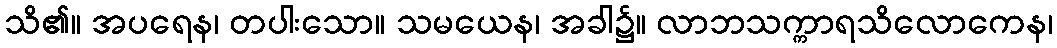
သိ၏။ အပရေန၊ တပါးသော။ သမယေန၊ အခါ၌။ လာဘသက္ကာရသိလောကေန၊